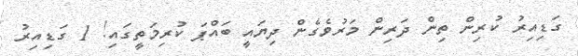
ގަޑިއިރު ކުރިން ތިން ދަރިން މަރުވެގެން ދިޔައީ ބައްޕަ ކުރިމަތީގައި! 1 ގަޑިއިރު